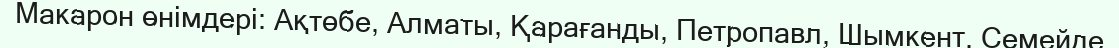
Макарон өнімдері: Ақтөбе, Алматы, Қарағанды, Петропавл, Шымкент, Семейде